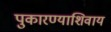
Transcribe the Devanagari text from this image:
पुकारण्याशिवाय